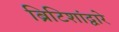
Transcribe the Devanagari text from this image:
ब्रिटिशांद्वारे